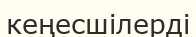
кеңесшілерді